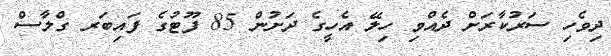
ދިވެހި ސަރުކާރަށް ދެއްވި ހިލޭ އެހީގެ ދަށުން 85 ފޫޓުގެ ފައިބަރ ގްލާސް